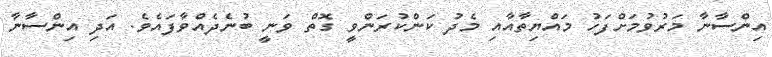
އިންސާނާ މަރުވުމަށްފަހު މައްޔިތާއާއި މެދު ކަންކުރަންވީ ގޮތް ވަނީ ބުނެދެއްވާފައެވެ. އަދި އިންސާނާ